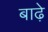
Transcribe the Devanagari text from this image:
बाढ़े